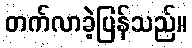
တက်လာခဲ့ပြန်သည်။